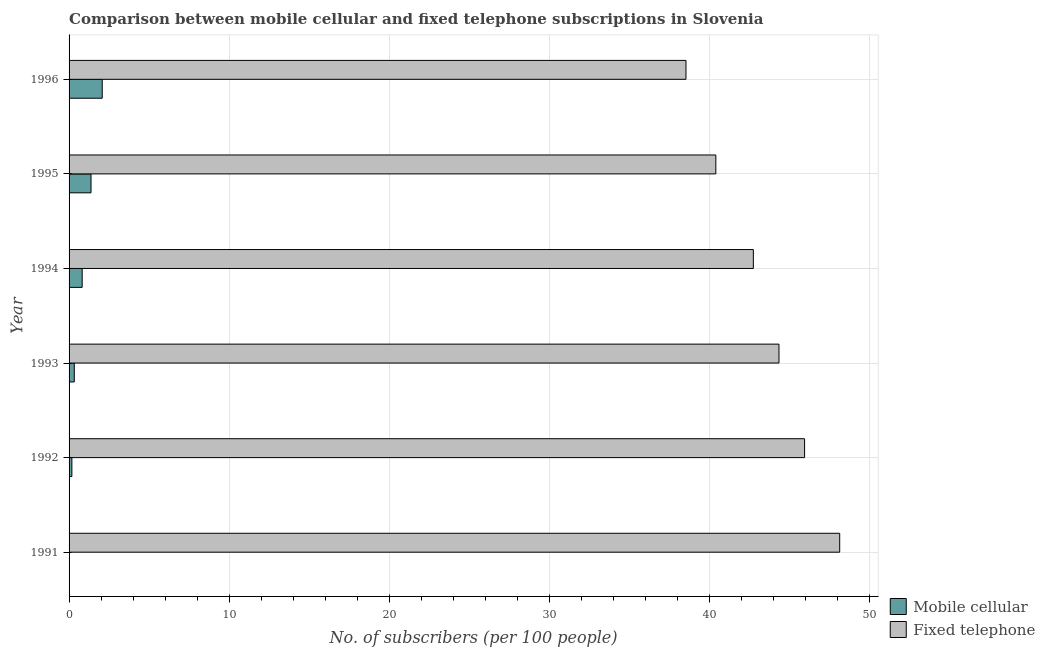
| Year | Mobile cellular | Fixed telephone |
 | --- | --- | --- |
 | 1991 | 0.0261 | 48.1 |
 | 1992 | 0.175 | 45.9 |
 | 1993 | 0.325 | 44.3 |
 | 1994 | 0.819 | 42.7 |
 | 1995 | 1.37 | 40.4 |
 | 1996 | 2.07 | 38.5 |